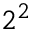
2 ^ { 2 }